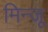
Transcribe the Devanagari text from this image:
मिन्जू